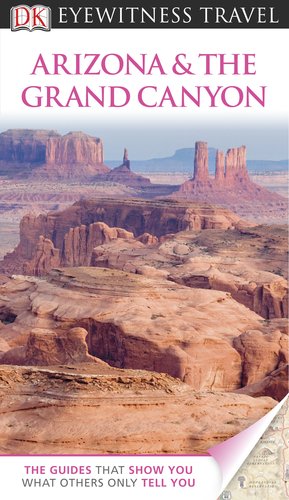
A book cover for DK Eyewitness Travel Guide: Arizona & the Grand Canyon; DK Publishing; Travel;